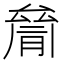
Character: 𠬐